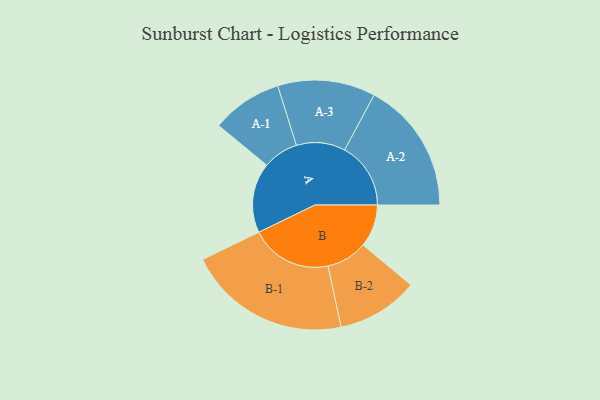
{"axis": {"x": "Segment", "y": "Value"}, "legend": ["", "A", "B"], "data": [{"x": "A", "y": 235, "type": ""}, {"x": "B", "y": 143, "type": ""}, {"x": "A-1", "y": 119, "type": "A"}, {"x": "A-2", "y": 222, "type": "A"}, {"x": "A-3", "y": 164, "type": "A"}, {"x": "B-1", "y": 274, "type": "B"}, {"x": "B-2", "y": 137, "type": "B"}]}